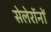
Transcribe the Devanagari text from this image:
सेलेरॉनों